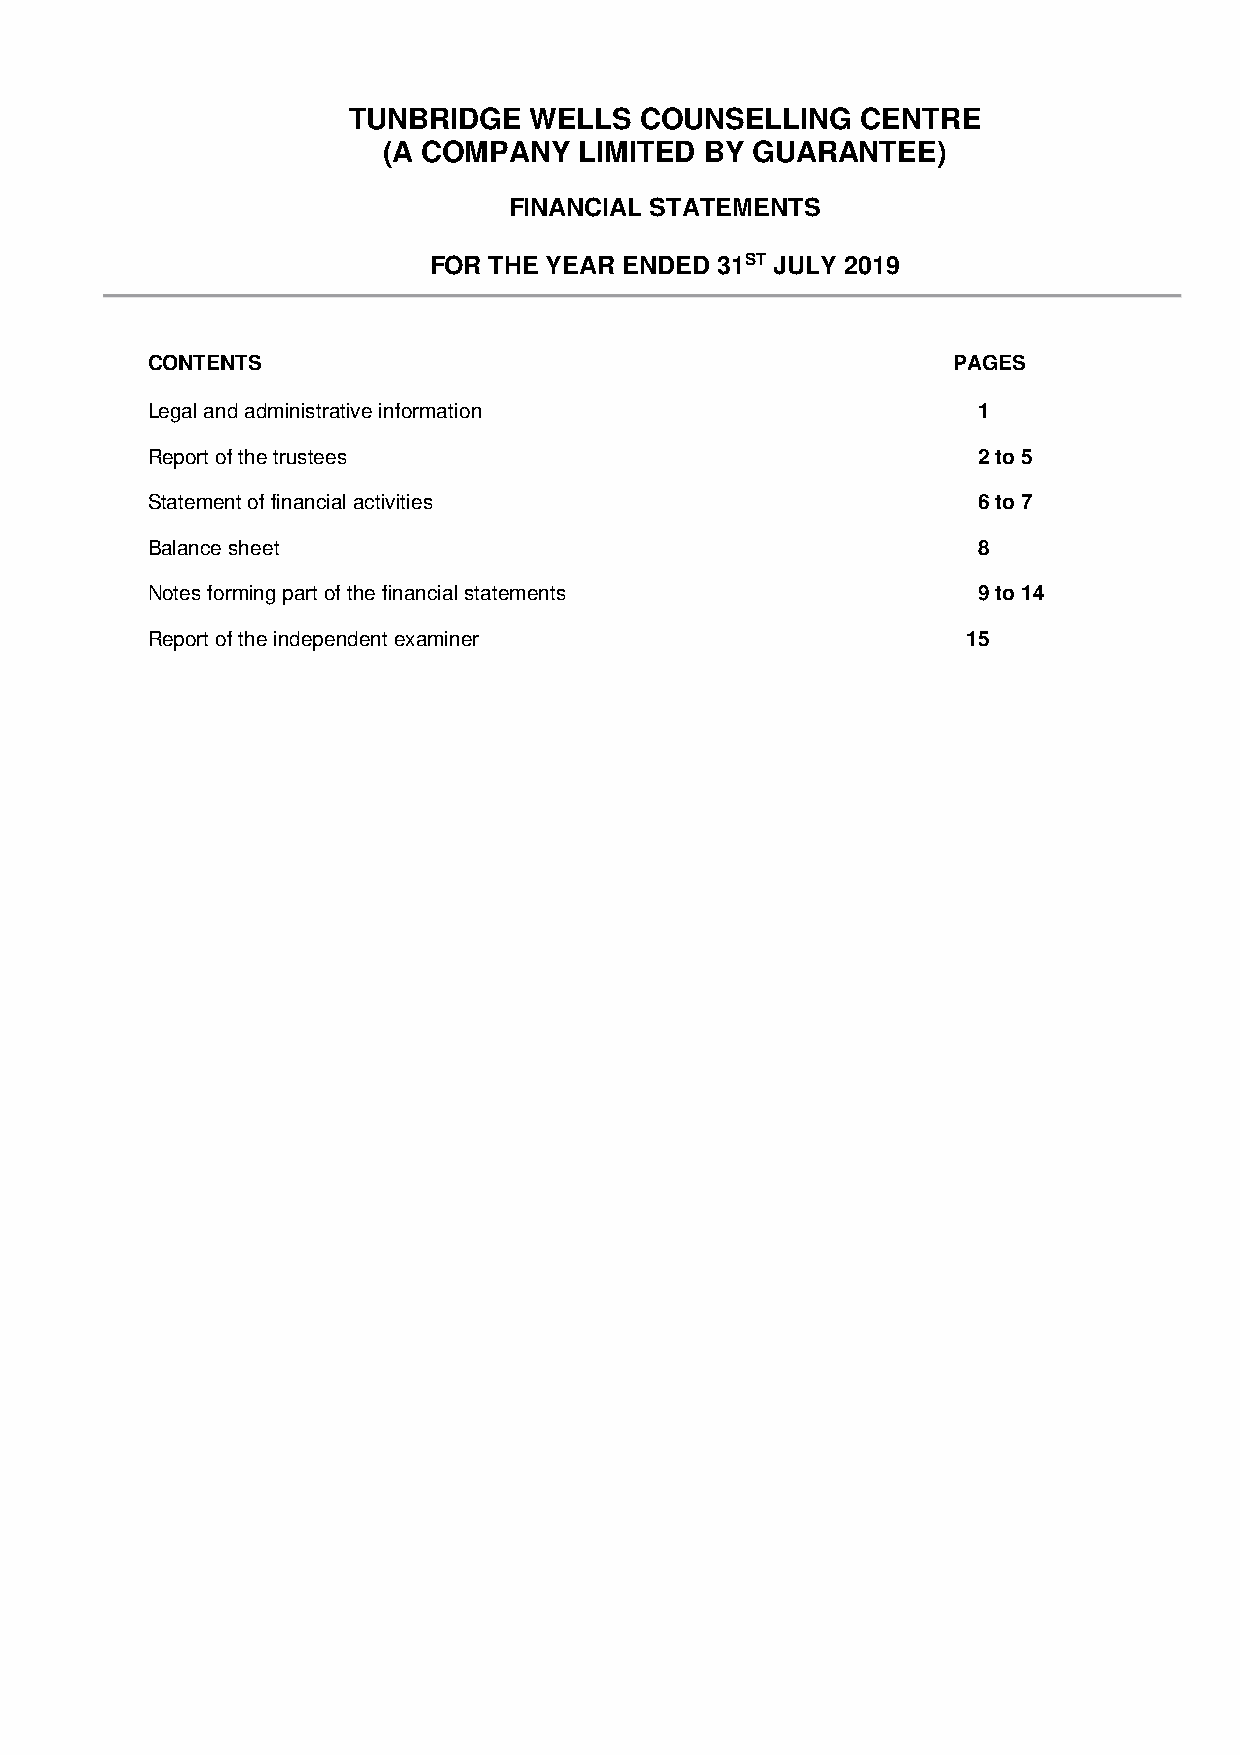
TUNBRIDGE   WELLS  COUNSELLING    CENTRE
 (A COMPANY   LIMITED  BY GUARANTEE)
 FINANCIAL STATEMENTS
 FOR THE YEAR ENDED 31ST JULY 2019
 CONTENTS                                             PAGES
 Legal and administrative information                   1
 Report of the trustees                                 2 to 5
 Statement of financial activities                      6 to 7
 Balance sheet                                          8
 Notes forming part of the financial statements         9 to 14
 Report of the independent examiner                    15